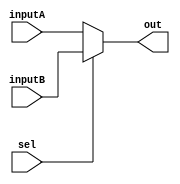
/*
    CS/ECE 552 Spring '23
    Homework #1, Problem 1

    2-1 mux template
*/
`default_nettype none
module mux2_1(out, inputA, inputB, sel);
    	output wire  out;
    	input wire  inputA, inputB;
    	input wire  sel;

    	// YOUR CODE HERE
	assign out = (sel == 0) ? inputA:inputB;
    
endmodule
`default_nettype wire